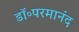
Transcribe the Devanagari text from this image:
डॉ॰परमानंद